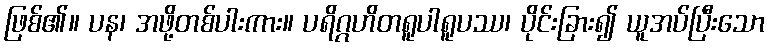
ဖြစ်၏။ ပန၊ အဖို့တစ်ပါးကား။ ပရိဂ္ဂဟိတရူပါရူပဿ၊ ပိုင်းခြား၍ ယူအပ်ပြီးသော